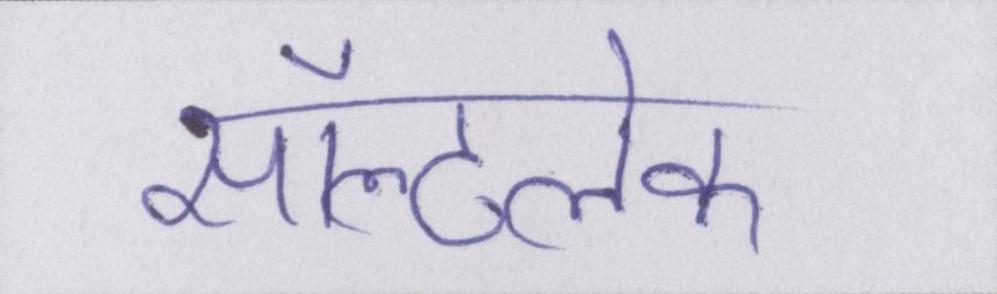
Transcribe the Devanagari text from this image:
सॉल्टलेक